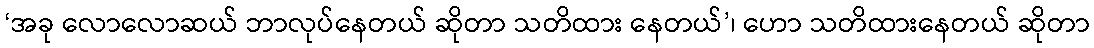
‘အခု လောလောဆယ် ဘာလုပ်နေတယ် ဆိုတာ သတိထား နေတယ်’၊ ဟော သတိထားနေတယ် ဆိုတာ